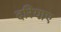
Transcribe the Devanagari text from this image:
दरियाए